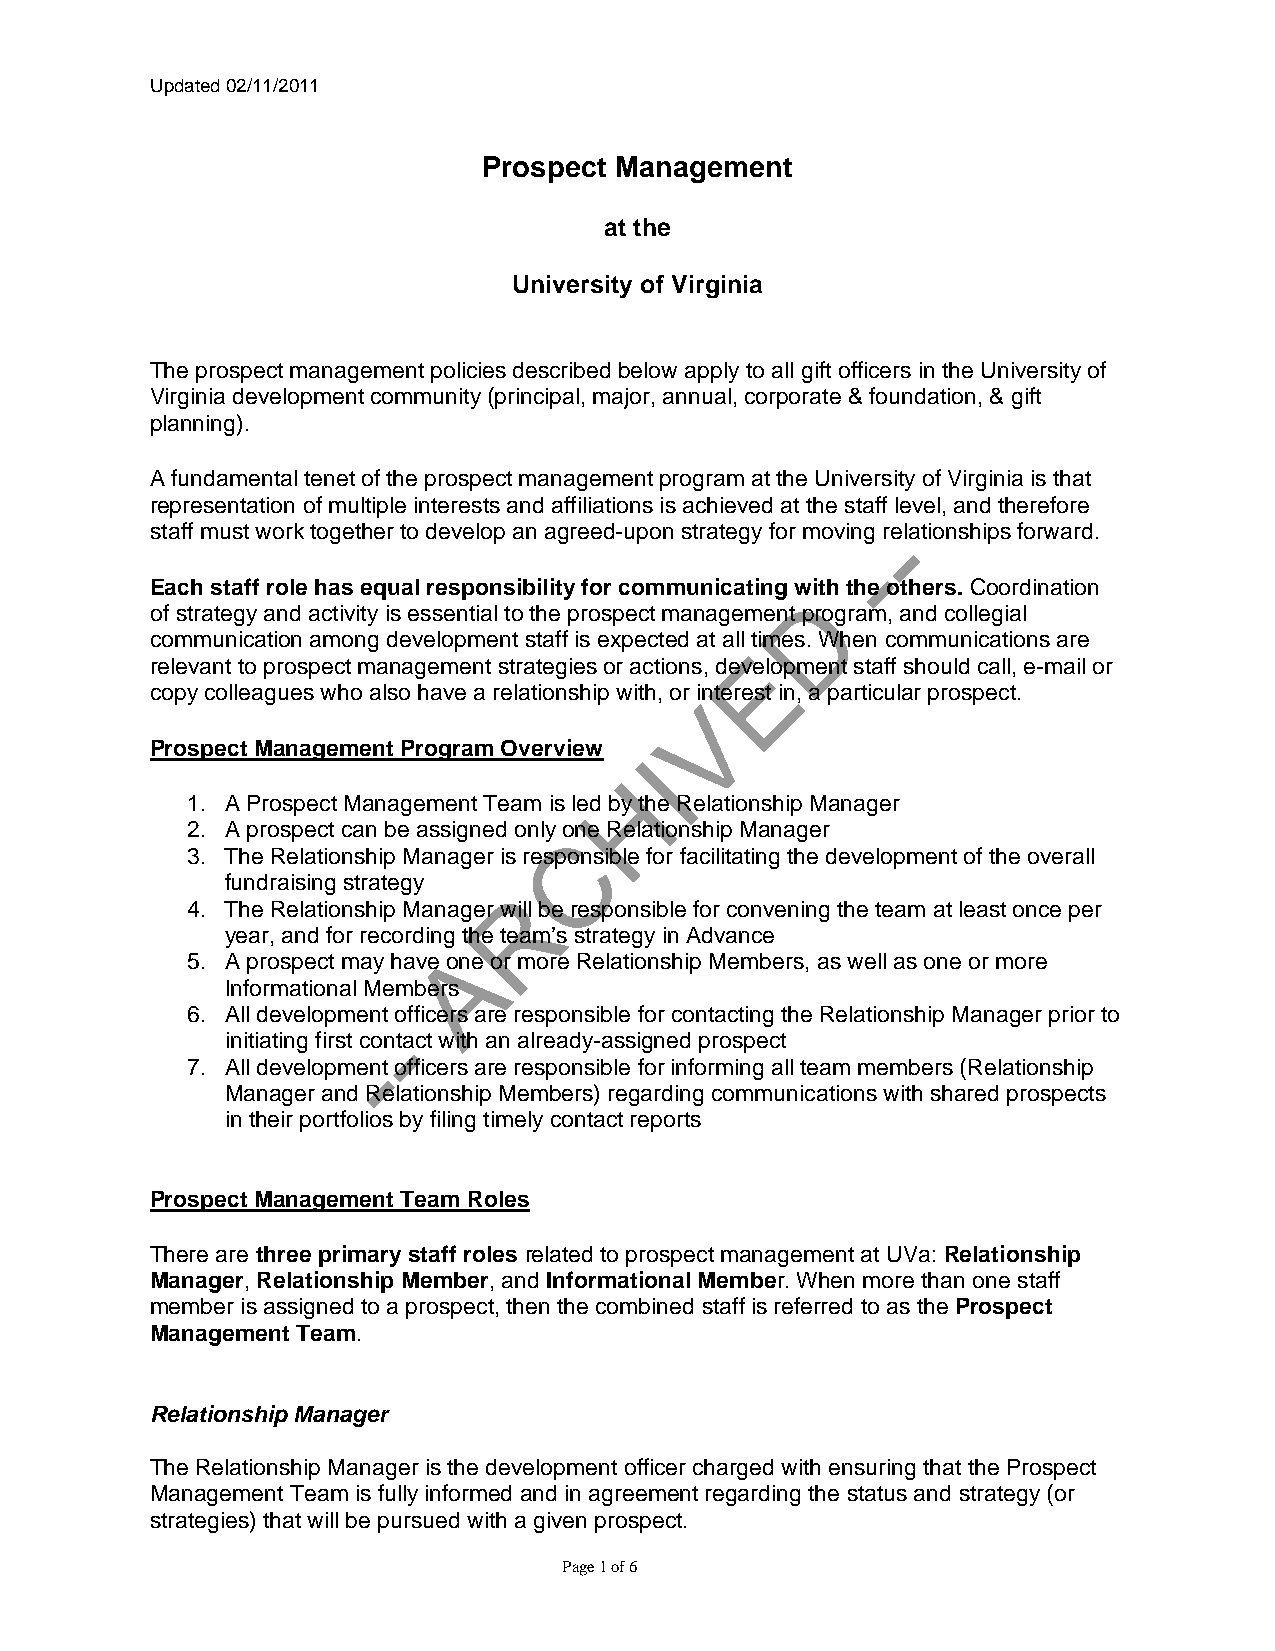
Updated 02/11/2011
 Prospect Management
 at the
 University of Virginia
 The prospect management policies described below apply to all gift officers in the University of
 Virginia development community (principal, major, annual, corporate & foundation, & gift
 planning).
 A fundamental tenet of the prospect management program at the University of Virginia is that
 representation of multiple interests and affiliations is achieved at the staff level, and therefore
 -
 staff must work together to develop an agreed-upon strategy for moving relationships forward.
 -
 Each staff role has equal responsibility for communicating with the others. Coordination
 D
 of strategy and activity is essential to the prospect management program, and collegial
 communication among development staff is expected at all times. When communications are
 E
 relevant to prospect management strategies or actions, development staff should call, e-mail or
 copy colleagues who also have a relationship with, or interest in, a particular prospect.
 V
 Prospect Management Program Overview
 I
 H
 1. A Prospect Management Team is led by the Relationship Manager
 2. A prospect can be assigned only one Relationship Manager
 C
 3. The Relationship Manager is responsible for facilitating the development of the overall
 fundraising strategy
 R
 4. The Relationship Manager will be responsible for convening the team at least once per
 year, and for recording the team’s strategy in Advance
 A
 5. A prospect may have one or more Relationship Members, as well as one or more
 Informational Members
 6. All development officers are responsible for contacting the Relationship Manager prior to
 -
 initiating first contact with an already-assigned prospect
 -
 7. All development officers are responsible for informing all team members (Relationship
 Manager and Relationship Members) regarding communications with shared prospects
 in their portfolios by filing timely contact reports
 Prospect Management Team Roles
 There are three primary staff roles related to prospect management at UVa: Relationship
 Manager, Relationship Member, and Informational Member. When more than one staff
 member is assigned to a prospect, then the combined staff is referred to as the Prospect
 Management Team.
 Relationship Manager
 The Relationship Manager is the development officer charged with ensuring that the Prospect
 Management Team is fully informed and in agreement regarding the status and strategy (or
 strategies) that will be pursued with a given prospect.
 Page 1 of 6